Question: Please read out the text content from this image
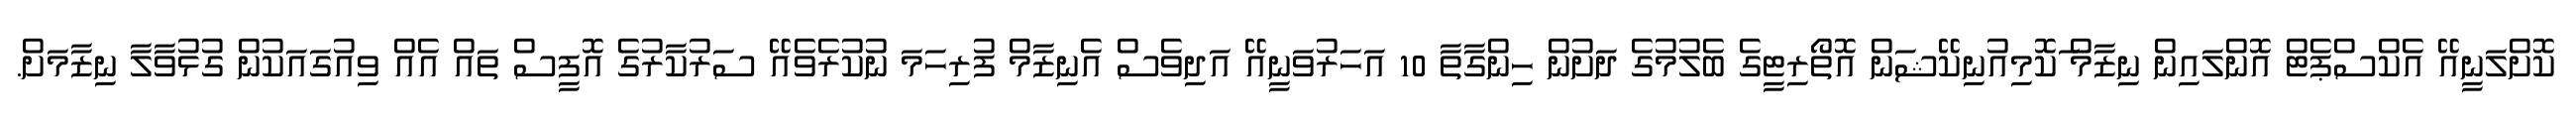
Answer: ކޮށްލަނީއޭ އެކްސްޕެޓް އޮންލައިން ނިޒާމް ަކޮމިއުނިކޭޝަން އޮތޯރިޓީގެ ބެލުމުގެ ދަށުން ހިންގާތާ 10 އަހަރުވަނީއޭ އަދިވެސް އެނިޒާމް ފުރިހަމަ ނުކުރެވެއޭ ސަރުކާރުގެ އޮފީސް ތައް އެއް ވިއުގައަކުން ގުޅުވާލާ ނިޒާމަށް.